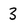
Character: 3